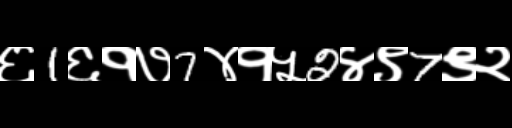
Text: ६1६१७7४१५2४९7९२